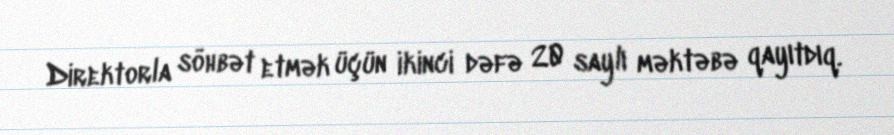
Direktorla söhbət etmək üçün ikinci dəfə 20 saylı məktəbə qayıtdıq.